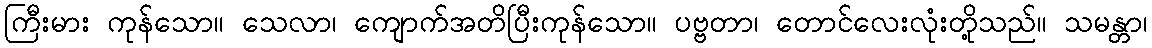
ကြီးမား ကုန်သော။ သေလာ၊ ကျောက်အတိပြီးကုန်သော။ ပဗ္ဗတာ၊ တောင်လေးလုံးတို့သည်။ သမန္တာ၊